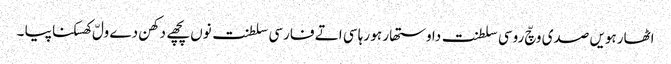
اٹھارہویں صدی وچّ روسی سلطنت دا وستھار ہو رہا سی اتے فارسی سلطنت نوں پچھے دکھن دے ولّ کھسکنا پیا ۔